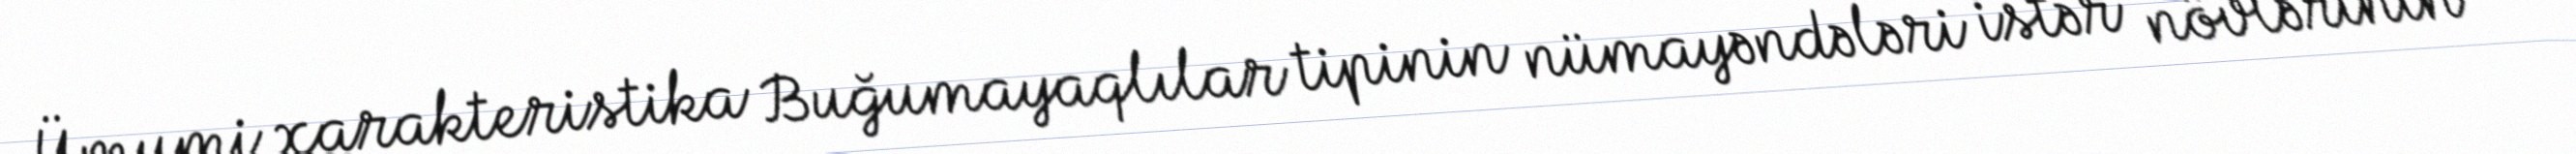
Ümumi xarakteristika Buğumayaqlılar tipinin nümayəndələri istər növlərinin